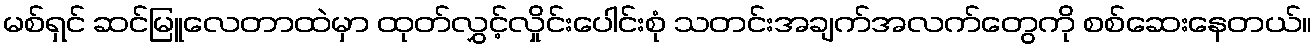
မစ်ရှင် ဆင်မြူလေတာထဲမှာ ထုတ်လွှင့်လှိုင်းပေါင်းစုံ သတင်းအချက်အလက်တွေကို စစ်ဆေးနေတယ်။